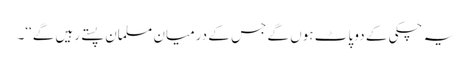
یہ چکی کے دو پاٹ ہوں گے جس کے درمیان مسلمان پستے رہیں گے‘‘۔